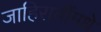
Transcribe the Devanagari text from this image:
जाहिरातींमधे